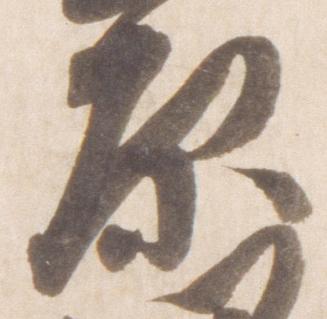
原